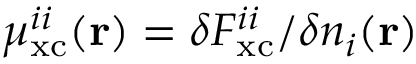
\mu _ { \mathrm { x c } } ^ { i i } ( \mathbf { r } ) = \delta F _ { \mathrm { x c } } ^ { i i } / \delta n _ { i } ( \mathbf { r } )